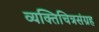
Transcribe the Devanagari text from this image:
व्यक्तिचित्रसंग्रह